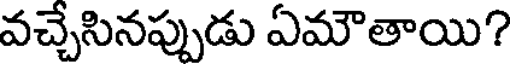
వచ్చేసినప్పుడు ఏమౌతాయి?